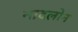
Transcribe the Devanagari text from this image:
नादलोन